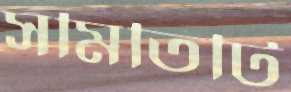
সমিতিটি